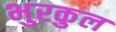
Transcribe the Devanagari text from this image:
भुरकुल